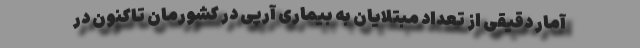
آمار دقیقی از تعداد مبتلایان به بیماری آرپی در کشورمان تاکنون در